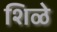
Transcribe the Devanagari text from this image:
शिळे